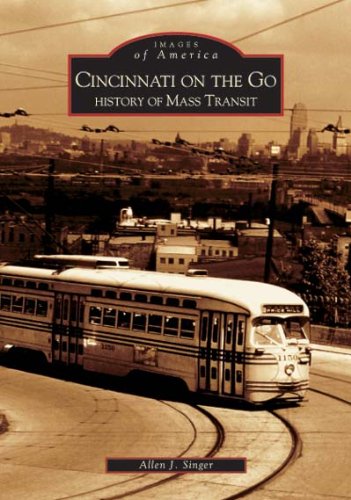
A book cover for Cincinnati On The Go: History of Mass Transit   (OH)  (Images of America); Allen J. Singer; Engineering & Transportation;